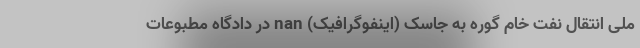
ملی انتقال نفت خام گوره به جاسک (اینفوگرافیک) nan در دادگاه مطبوعات